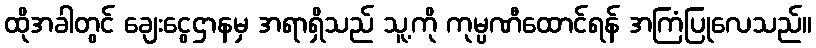
ထိုအခါတွင် ချေးငွေဌာနမှ အရာရှိသည် သူ့ကို ကုမ္ပဏီထောင်ရန် အကြံပြုလေသည်။